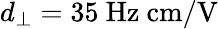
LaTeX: d_{\perp}=35~\mathrm{Hz\ cm/V}